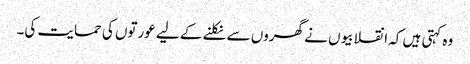
وہ کہتی ہیں کہ انقلابیوں نے گھروں سے نکلنے کے لیے عورتوں کی حمایت کی۔